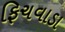
ફિચવાડા